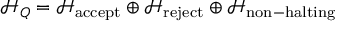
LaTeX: { \mathcal { H } } _ { Q } = { \mathcal { H } } _ { \mathrm { a c c e p t } } \oplus { \mathcal { H } } _ { \mathrm { r e j e c t } } \oplus { \mathcal { H } } _ { \mathrm { n o n - h a l t i n g } }